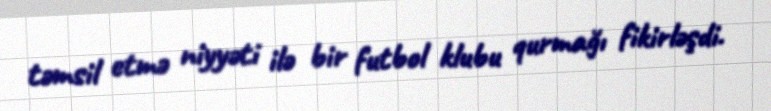
təmsil etmə niyyəti ilə bir futbol klubu qurmağı fikirləşdi.